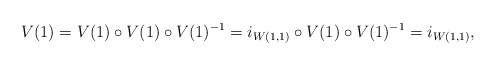
\begin{align*}V(1) = V(1) \circ V(1) \circ V(1)^{-1} = i_{W(1, 1)} \circ V(1) \circ V(1)^{-1} = i_{W(1, 1)},\end{align*}